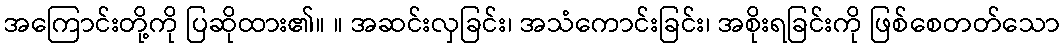
အကြောင်းတို့ကို ပြဆိုထား၏။ ။ အဆင်းလှခြင်း၊ အသံကောင်းခြင်း၊ အစိုးရခြင်းကို ဖြစ်စေတတ်သော